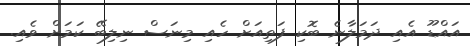
އައްޑޫ އެއި ދަމަލާނެ ބޮކި ފަތިއަށް ހެއި މިނަސް ނިލިބޭ ކަމަށް ވެއި.